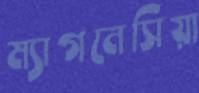
ম্যাগনেসিয়া